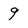
Character: 9